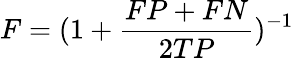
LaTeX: F=(1+\frac{FP+FN}{2TP})^{-1}